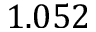
1 . 0 5 2